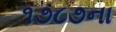
૧૭૮૭ના